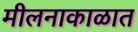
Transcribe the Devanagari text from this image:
मीलनाकाळात